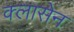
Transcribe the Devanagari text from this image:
क्लासेन